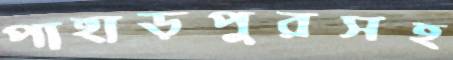
পাহাড়পুরসহ